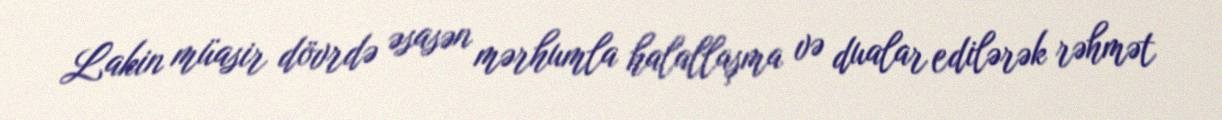
Lakin müasir dövrdə əsasən mərhumla halallaşma və dualar edilərək rəhmət